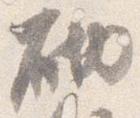
砌